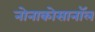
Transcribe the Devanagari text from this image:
नोनाकोसानॉल